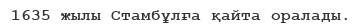
1635 жылы Стамбұлға қайта оралады.